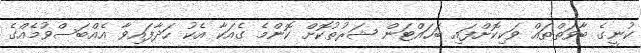
ކުނީގެ ބާވަތްތައް ވަކިކޮށްފައި ބަހައްޓަން ޝަރުތުކޮށް ކޮންމެ ގެއަކާ އެކު ހަދާފައިވާ އެއްބަސްވުމެއްގެ